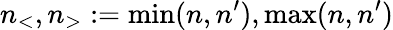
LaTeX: n_{<},n_{>}:=\operatorname*{min}(n,n^{\prime}),\operatorname*{max}(n,n^{\prime})